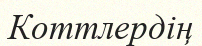
Коттлердің